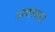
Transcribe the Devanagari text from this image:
अवरुध्हा